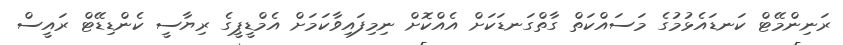
ރަނިންމޭޓް ކަނޑައެޅުމުގެ މަސައްކަތް ގާތްގަނޑަކަށް އެއްކޮށް ނިމިފައިވާކަމަށް އެމްޑީޕީގެ ރިޔާސީ ކެންޑިޑޭޓް ރައީސް